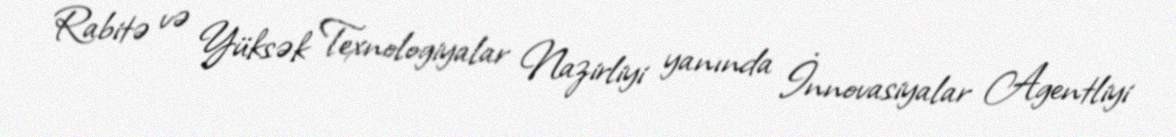
Rabitə və Yüksək Texnologiyalar Nazirliyi yanında İnnovasiyalar Agentliyi